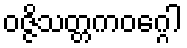
ဝဇ္ဇိသတ္တကဝဂ္ဂေါ